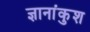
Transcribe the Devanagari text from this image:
ज्ञानांकुश